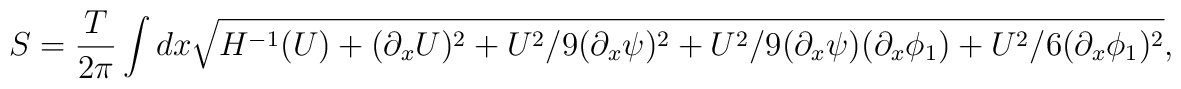
S = \frac {T}{2 \pi} \int dx \sqrt{H^{-1}(U) + (\partial_x U)^2 +  {U^2}/{9} (\partial_x \psi)^2 +  {U^2}/{9} (\partial_x \psi) (\partial_x \phi_1) +{U^2}/{6} (\partial_x \phi_1)^2},